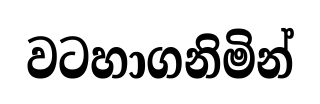
වටහාගනිමින්